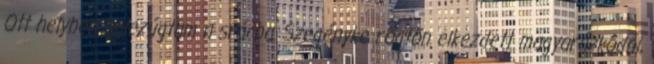
Ott helyben belezúgtam a srácba. Szegényke rögtön elkezdett magyarázkodni,